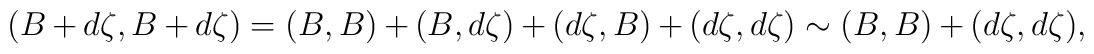
(B+d\zeta, B+d\zeta) = (B,B) + (B,d\zeta) + (d\zeta, B) + (d\zeta,d\zeta)\sim (B,B) + (d\zeta,d\zeta),